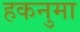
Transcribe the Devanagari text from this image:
हकनुमा